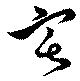
宅